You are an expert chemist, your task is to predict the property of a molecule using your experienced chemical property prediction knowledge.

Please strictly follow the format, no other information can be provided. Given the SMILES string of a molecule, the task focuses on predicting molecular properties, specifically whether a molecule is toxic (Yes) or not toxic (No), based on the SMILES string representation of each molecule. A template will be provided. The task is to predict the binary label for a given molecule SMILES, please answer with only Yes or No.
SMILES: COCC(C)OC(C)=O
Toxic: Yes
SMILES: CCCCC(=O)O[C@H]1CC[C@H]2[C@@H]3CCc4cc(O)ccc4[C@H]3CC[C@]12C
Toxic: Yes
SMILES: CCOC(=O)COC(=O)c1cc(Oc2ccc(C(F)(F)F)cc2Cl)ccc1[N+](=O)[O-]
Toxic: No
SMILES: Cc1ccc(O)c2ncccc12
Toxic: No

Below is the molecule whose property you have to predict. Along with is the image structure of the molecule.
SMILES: C/C(=N\O)c1ccc(OCC(=O)N2CCCCC2)cc1
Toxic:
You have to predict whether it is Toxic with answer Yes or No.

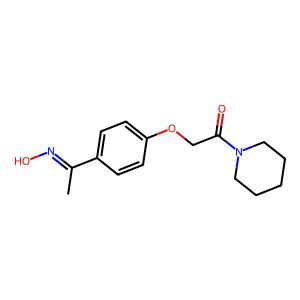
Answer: No